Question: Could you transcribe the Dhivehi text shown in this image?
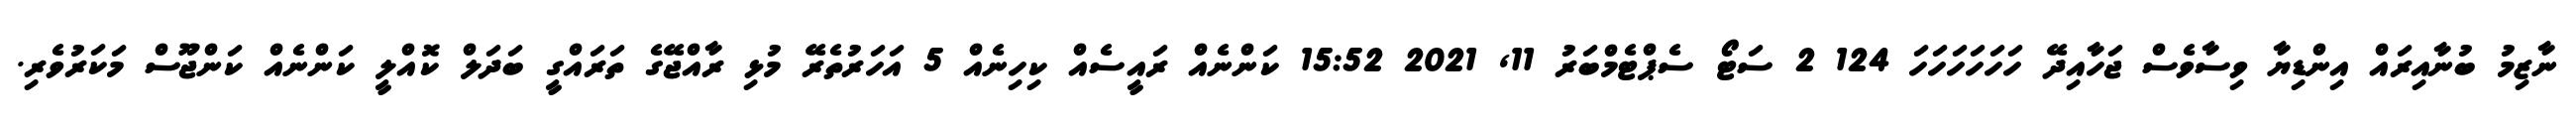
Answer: ނާޒިމު ބުނާއިރައް އިންޑިޔާ ވިސާވެސް ޖަހާއިދޭ ހަހަހަހަހަހަ 124 2 ސަޓޯ ސެޕްޓެމްބަރު 11, 2021 15:52 ކަންނެއް ރައީސެއް ކިހިނެއް 5 އަހަރުތެރޭ މުޅި ރާއްޖޭގެ ތަރައްގީ ބަދަލް ކޮއްލީ ކަންނެއް ކަންޖޫސް މަކަރުވެރި.